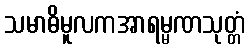
သမာဓိမူလကအာရမ္မဏသုတ္တံ